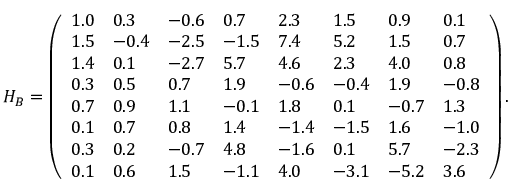
H _ { B } = \left( \begin{array} { l l l l l l l l } { 1 . 0 } & { 0 . 3 } & { - 0 . 6 } & { 0 . 7 } & { 2 . 3 } & { 1 . 5 } & { 0 . 9 } & { 0 . 1 } \\ { 1 . 5 } & { - 0 . 4 } & { - 2 . 5 } & { - 1 . 5 } & { 7 . 4 } & { 5 . 2 } & { 1 . 5 } & { 0 . 7 } \\ { 1 . 4 } & { 0 . 1 } & { - 2 . 7 } & { 5 . 7 } & { 4 . 6 } & { 2 . 3 } & { 4 . 0 } & { 0 . 8 } \\ { 0 . 3 } & { 0 . 5 } & { 0 . 7 } & { 1 . 9 } & { - 0 . 6 } & { - 0 . 4 } & { 1 . 9 } & { - 0 . 8 } \\ { 0 . 7 } & { 0 . 9 } & { 1 . 1 } & { - 0 . 1 } & { 1 . 8 } & { 0 . 1 } & { - 0 . 7 } & { 1 . 3 } \\ { 0 . 1 } & { 0 . 7 } & { 0 . 8 } & { 1 . 4 } & { - 1 . 4 } & { - 1 . 5 } & { 1 . 6 } & { - 1 . 0 } \\ { 0 . 3 } & { 0 . 2 } & { - 0 . 7 } & { 4 . 8 } & { - 1 . 6 } & { 0 . 1 } & { 5 . 7 } & { - 2 . 3 } \\ { 0 . 1 } & { 0 . 6 } & { 1 . 5 } & { - 1 . 1 } & { 4 . 0 } & { - 3 . 1 } & { - 5 . 2 } & { 3 . 6 } \end{array} \right) .